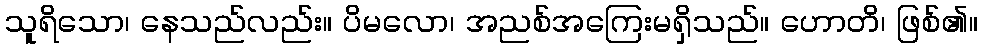
သူရိသော၊ နေသည်လည်း။ ပိမလော၊ အညစ်အကြေးမရှိသည်။ ဟောတိ၊ ဖြစ်၏။